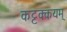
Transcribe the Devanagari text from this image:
कट्टक्कयम्